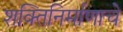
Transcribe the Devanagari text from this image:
शक्तिनिर्माणाचे